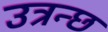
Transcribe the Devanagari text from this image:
उत्रन्छ